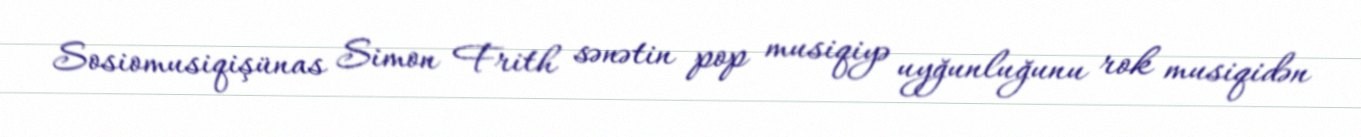
Sosiomusiqişünas Simon Frith sənətin pop musiqiyə uyğunluğunu rok musiqidən